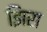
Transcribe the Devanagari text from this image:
झिरा